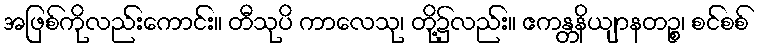
အဖြစ်ကိုလည်းကောင်း။ တီသုပိ ကာလေသု၊ တို့၌လည်း။ ဧကန္တနိယျာနတဉ္စ၊ စင်စစ်